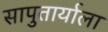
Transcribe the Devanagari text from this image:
सापुतार्याला